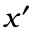
x ^ { \prime }